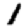
Digit: 1